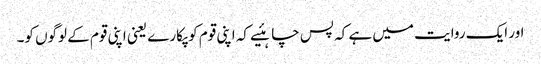
اور ایک روایت میں ہے کہ پس چاہئیے کہ اپنی قوم کو پکارے یعنی اپنی قوم کے لوگوں کو۔